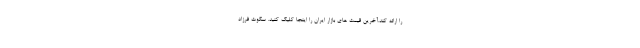
را ارائه کند.آخرین قیمت های بازار ایران را اینجا کلیک کنید. سکوت فرزاد